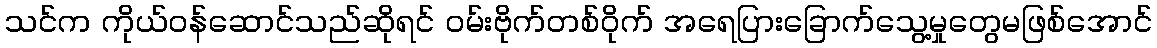
သင်က ကိုယ်ဝန်ဆောင်သည်ဆိုရင် ဝမ်းဗိုက်တစ်ဝိုက် အရေပြားခြောက်သွေ့မှုတွေမဖြစ်အောင်